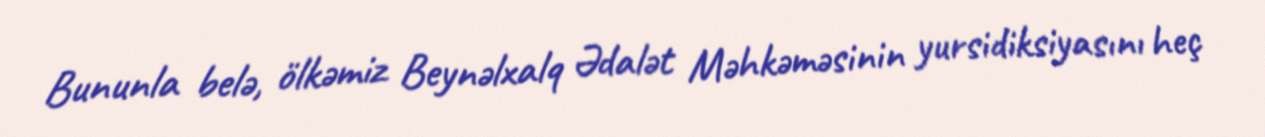
Bununla belə, ölkəmiz Beynəlxalq Ədalət Məhkəməsinin yursidiksiyasını heç